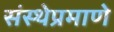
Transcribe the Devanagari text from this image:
संस्थेप्रमाणे